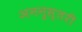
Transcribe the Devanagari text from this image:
अननुस्तरी